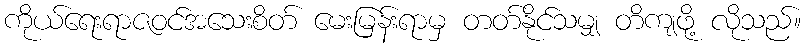
ကိုယ်ရေးရာဇဝင်အသေးစိတ် မေးမြန်းရာမှ တတ်နိုင်သမျှ တိကျဖို့ လိုသည်။